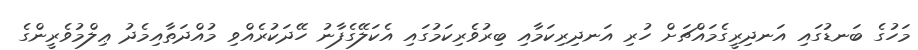
މަހުގެ ބަނޑުގައި އަނދިރީގެމައްޗަށް ހުރި އަނދިރިކަމާއި ބިރުވެރިކަމުގައި އެކަލޭގެފާނު ހޭދަކުރެއްވި މުއްދަތާއިމެދު ޢިލްމުވެރީންގެ